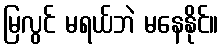
မြလွင် မရယ်ဘဲ မနေနိုင်။